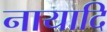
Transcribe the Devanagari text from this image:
नायादि